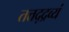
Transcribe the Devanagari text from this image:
तत्तद्द्रव्यं